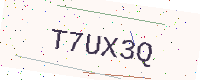
Text: T7UX3Q